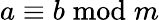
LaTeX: a\equiv b{\bmod{m}}